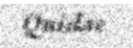
Quidae